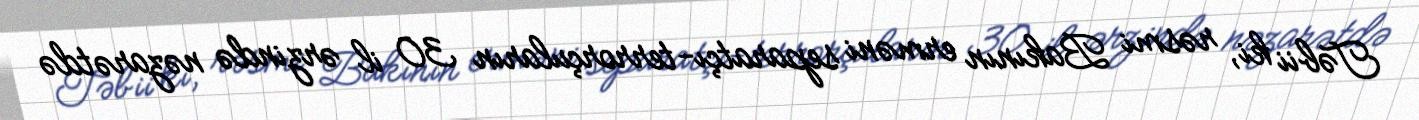
Təbii ki, rəsmi Bakının erməni separatçı-terrorçuların 30 il ərzində nəzarətdə